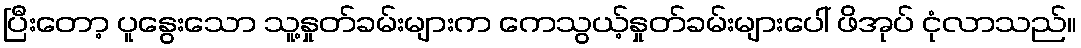
ပြီးတော့ ပူနွေးသော သူ့နှုတ်ခမ်းများက ကေသွယ့်နှုတ်ခမ်းများပေါ် ဖိအုပ် ငုံလာသည်။